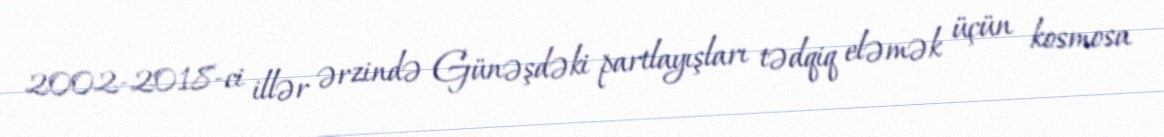
2002-2018-ci illər ərzində Günəşdəki partlayışları tədqiq eləmək üçün kosmosa